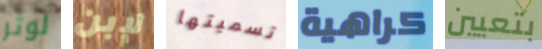
لوثر لإبن تسميتها كراهية بتعيين